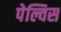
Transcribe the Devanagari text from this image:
पेल्विस